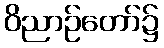
ဝိညာဉ်တော်၌